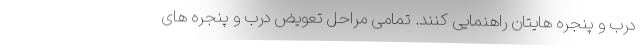
درب و پنجره هایتان راهنمایی کنند. تمامی مراحل تعویض درب و پنجره های